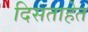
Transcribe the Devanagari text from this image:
दिसताहेत